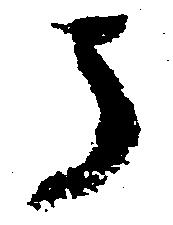
う